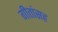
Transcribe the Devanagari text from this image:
गीतांसह